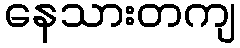
နေသားတကျ